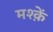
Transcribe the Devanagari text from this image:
मश्क़ें